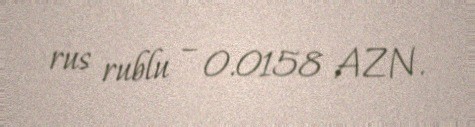
rus rublu – 0.0158 AZN.